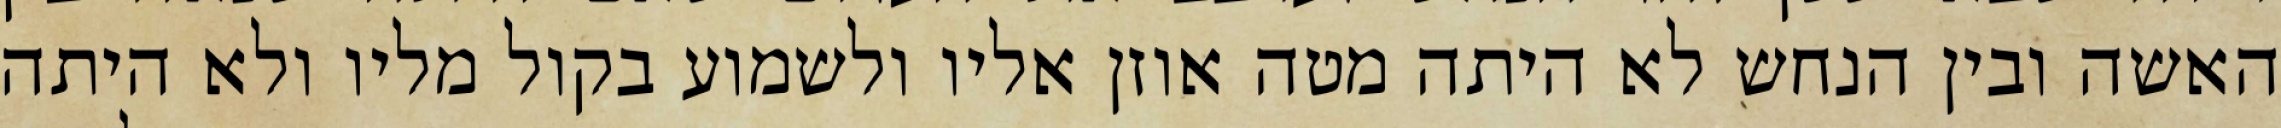
האשה ובין הנחש לא היתה מטה אוזן אליו ולשמוע בקול מליו ולא היתה